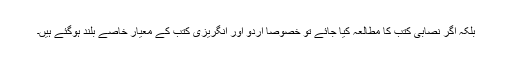
بلکہ اگر نصابی کتب کا مطالعہ کیا جائے تو خصوصاً اردو اور انگریزی کتب کے معیار خاصے بلند ہوگئے ہیں۔